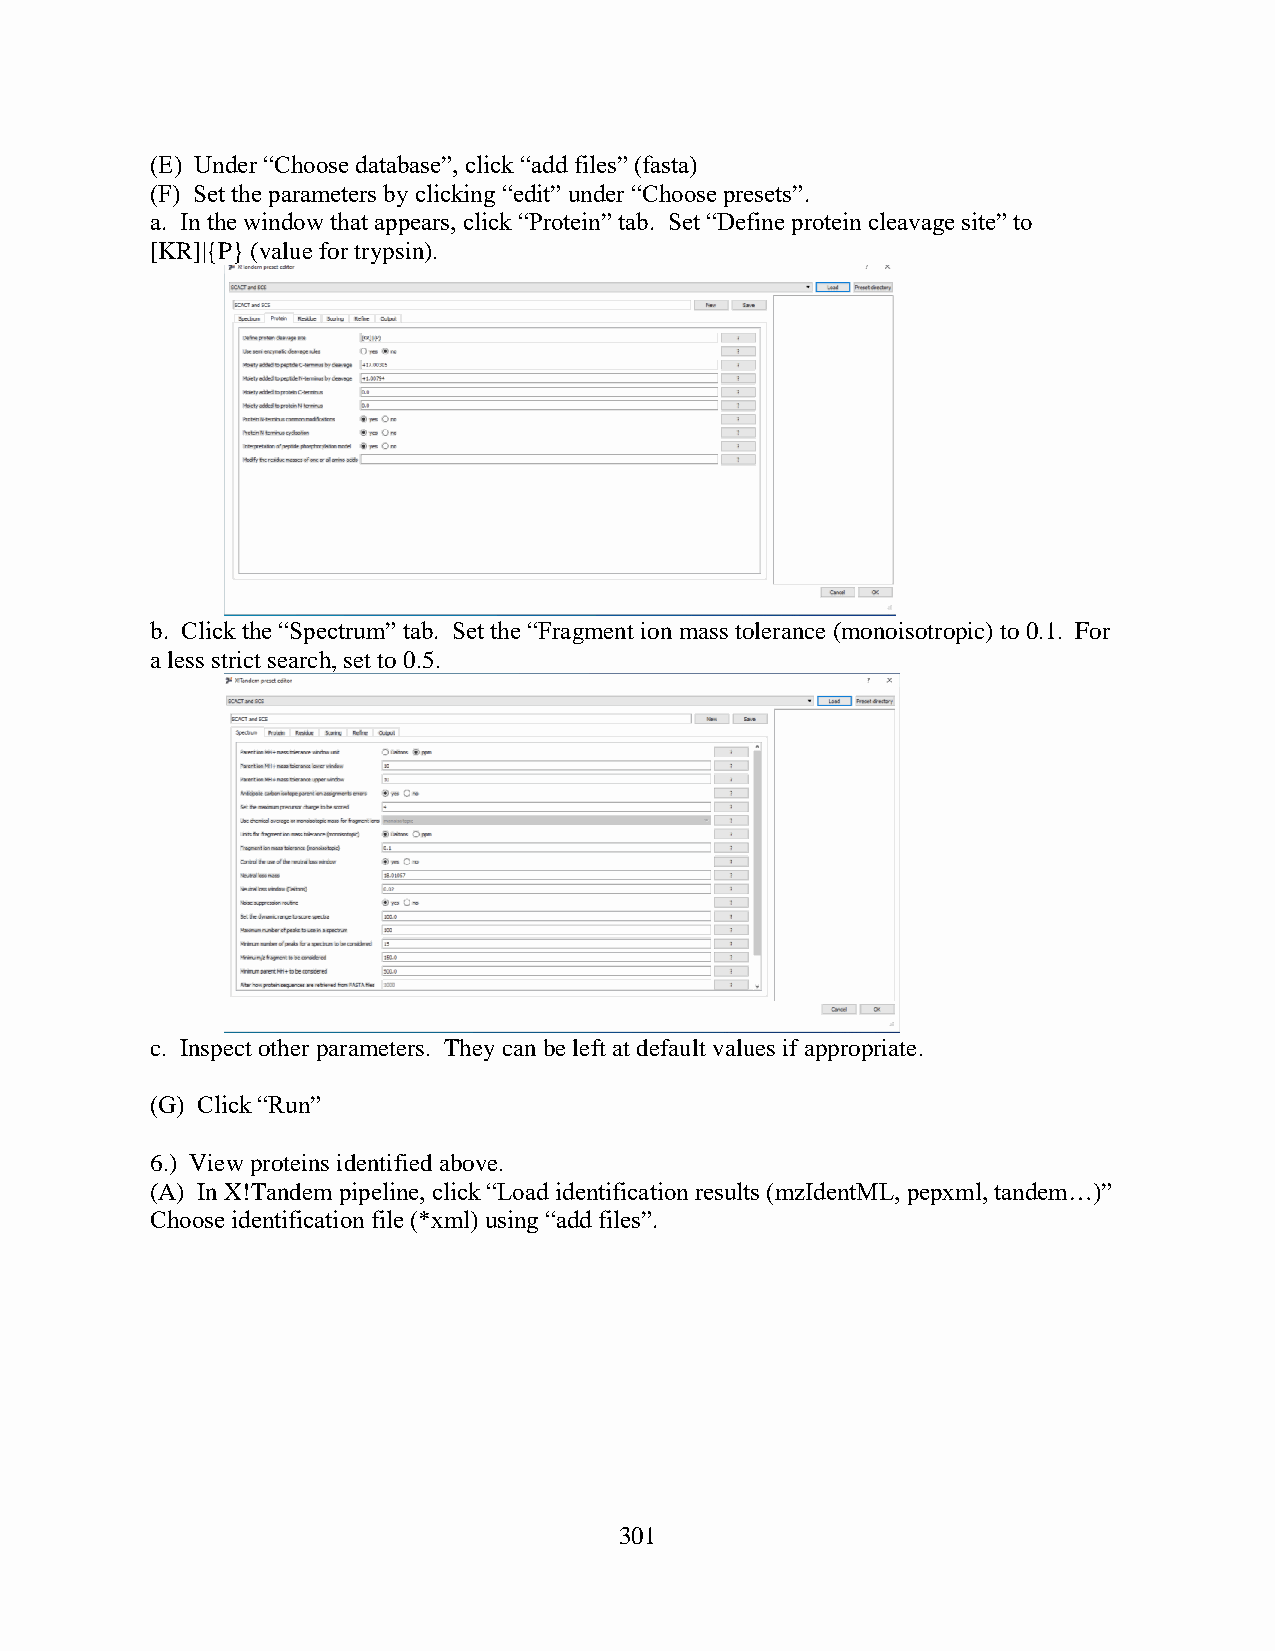
(E) Under “Choose database”, click “add files” (fasta)
 (F) Set the parameters by clicking “edit” under “Choose presets”.
 a. In the window that appears, click “Protein” tab. Set “Define protein cleavage site” to
 [KR]|{P} (value for trypsin).
 b. Click the “Spectrum” tab. Set the “Fragment ion mass tolerance (monoisotropic) to 0.1. For
 a less strict search, set to 0.5.
 c. Inspect other parameters. They can be left at default values if appropriate.
 (G) Click “Run”
 6.) View proteins identified above.
 (A) In X!Tandem pipeline, click “Load identification results (mzIdentML, pepxml, tandem…)”
 Choose identification file (*xml) using “add files”.
 301